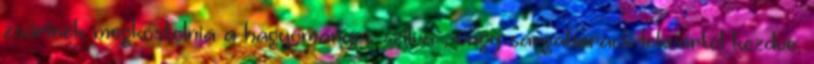
zsűrinek megkóstolnia a hagyományos szilva-, vagy sárgabarack lekvártól kezdve,